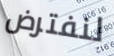
لنفترض